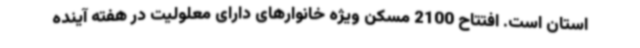
استان است. افتتاح 2100 مسکن ویژه خانوارهای دارای معلولیت در هفته آینده